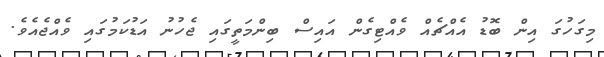
މިގަހުގަ އިން ބޮޑު އެއްޗެއް ވެއްޓިގެން އައިސް ބިންމަތީގައި ޖެހުނު އަޑުކަމުގައި ވެއްޖެއެވެ.